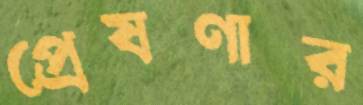
প্রেষণার